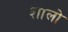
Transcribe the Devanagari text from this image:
शालो